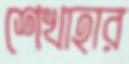
শেখাহার